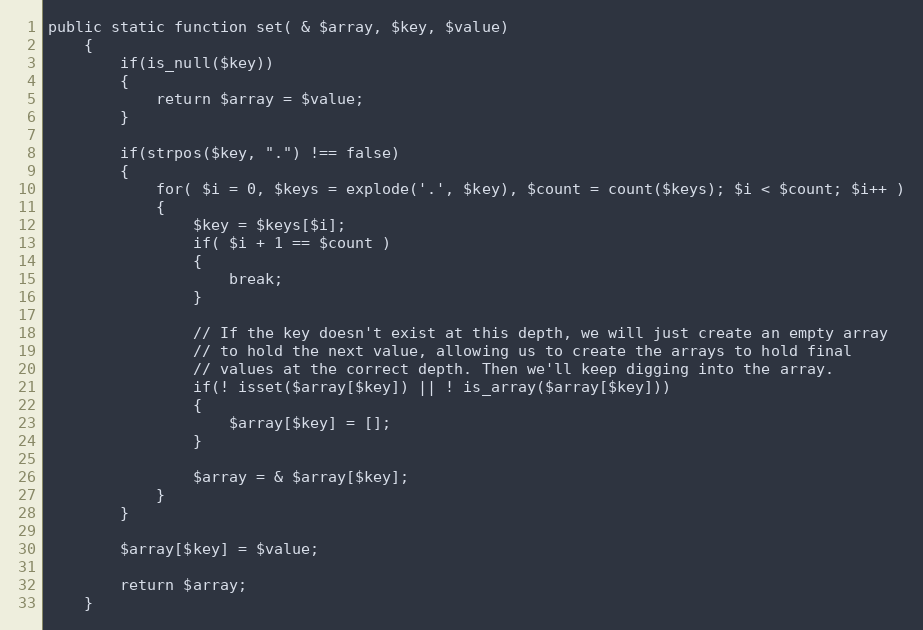
Language: PHP
public static function set( & $array, $key, $value)
	{
		if(is_null($key))
		{
			return $array = $value;
		}

		if(strpos($key, ".") !== false)
		{
			for( $i = 0, $keys = explode('.', $key), $count = count($keys); $i < $count; $i++ )
			{
				$key = $keys[$i];
				if( $i + 1 == $count )
				{
					break;
				}

				// If the key doesn't exist at this depth, we will just create an empty array
				// to hold the next value, allowing us to create the arrays to hold final
				// values at the correct depth. Then we'll keep digging into the array.
				if(! isset($array[$key]) || ! is_array($array[$key]))
				{
					$array[$key] = [];
				}

				$array = & $array[$key];
			}
		}

		$array[$key] = $value;

		return $array;
	}